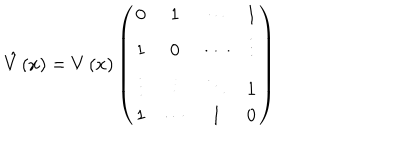
\hat { V } \left( x \right) = V \left( x \right) \left( \begin{array} { c c c c } { { 0 } } & { { 1 } } & { { \cdots } } & { { 1 } } \\ { { 1 } } & { { 0 } } & { { \cdots } } & { { \vdots } } \\ { { \vdots } } & { { \vdots } } & { { \ddots } } & { { 1 } } \\ { { 1 } } & { { \cdots } } & { { 1 } } & { { 0 } } \\ \end{array} \right)